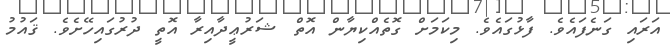
އަރައި ގަނެފައެވެ. ފާޅުގައެވެ. މިކަމަށް ގޮތެއްކިޔާން އޮތް ޝަރުޢީދާއިރާ އޮތީ ދުރުގައިހޭށެވެ. ޤައުމު